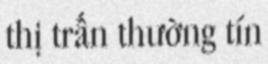
thị trấn thường tín